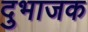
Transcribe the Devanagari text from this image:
दुभाजक